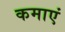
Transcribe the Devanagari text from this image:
कमाएं